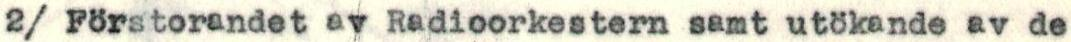
2/ Förstorandet ay Radioorkestern samt utökande av de